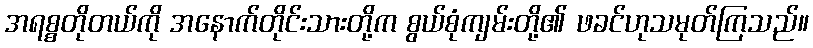
အရစ္စတိုတယ်ကို အနောက်တိုင်းသားတို့က စွယ်စုံကျမ်းတို့၏ ဖခင်ဟုသမုတ်ကြသည်။